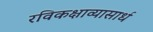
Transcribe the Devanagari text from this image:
रविकक्षाव्यासार्ध